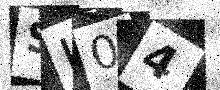
Text: SI04